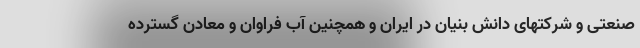
صنعتی و شرکتهای دانش بنیان در ایران و همچنین آب فراوان و معادن گسترده